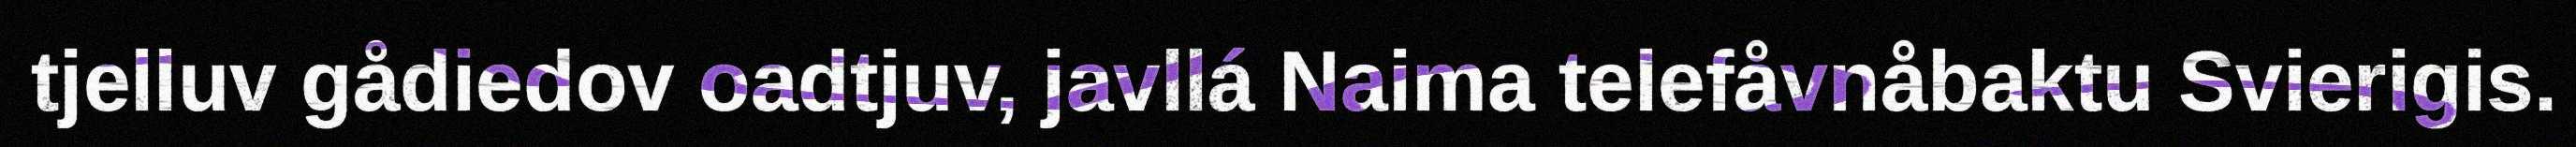
tjelluv gådiedov oadtjuv, javllá Naima telefåvnåbaktu Svierigis.